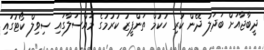
ދީބާޖާއަށް ބަދަލު ދޭން ކުރި ހުކުމް ތަންފީޒު ކުރުމުގެ މައްސަލާގައި ސިވިލް ކޯޓުގައި